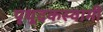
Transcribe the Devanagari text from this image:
पृथूदकस्वामी